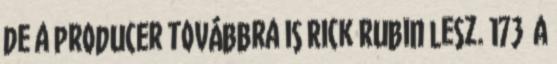
de a producer továbbra is Rick Rubin lesz. 173 A